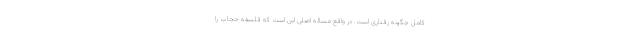
کامل چگونه رفتاری است. در واقع مساله اصلی این است که فلسفه حجاب را